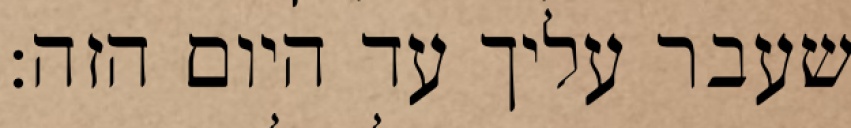
שעבר עליך עד היום הזה: